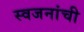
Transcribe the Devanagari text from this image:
स्वजनांची